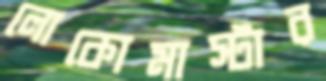
লোকোমাস্টার